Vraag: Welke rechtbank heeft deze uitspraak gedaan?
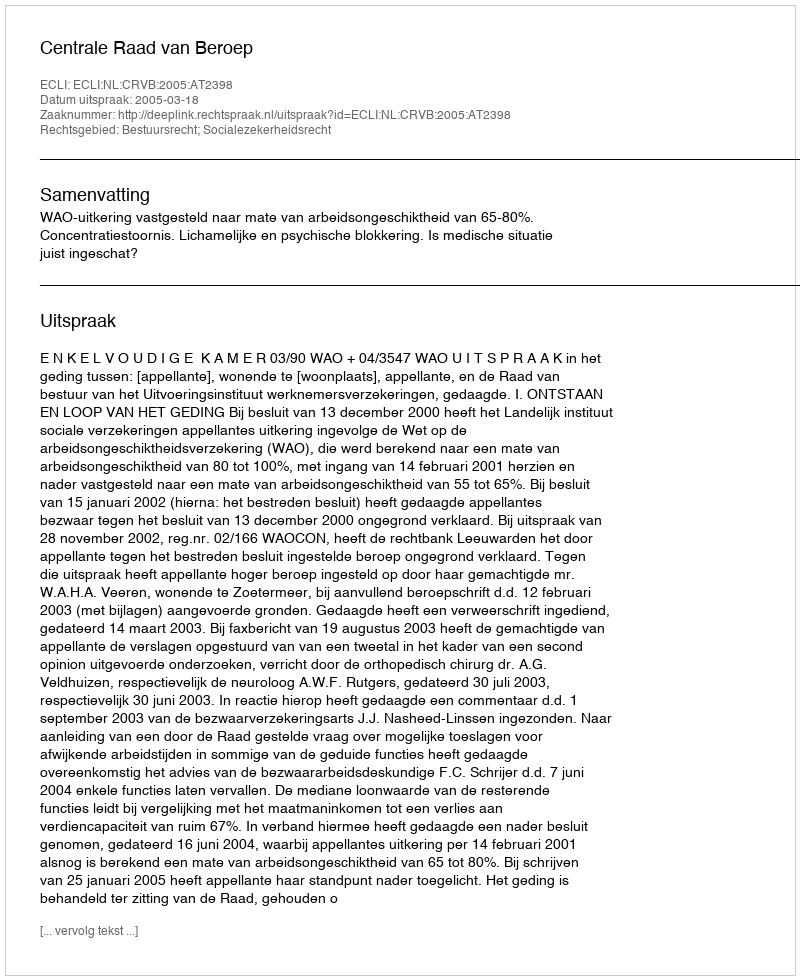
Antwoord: Centrale Raad van Beroep